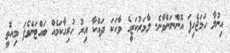
އިނުލާ ހަމަޖެހިފަ އޮންނަންވާނެ. ލާމަރުކަޒީގެ ވާހަކަ ދައްކާ އިރު ހުރިހާކަމެއް ބައްޓަންވެފަ މިއޮތީ